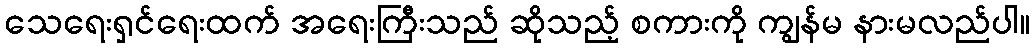
သေရေးရှင်ရေးထက် အရေးကြီးသည် ဆိုသည့် စကားကို ကျွန်မ နားမလည်ပါ။